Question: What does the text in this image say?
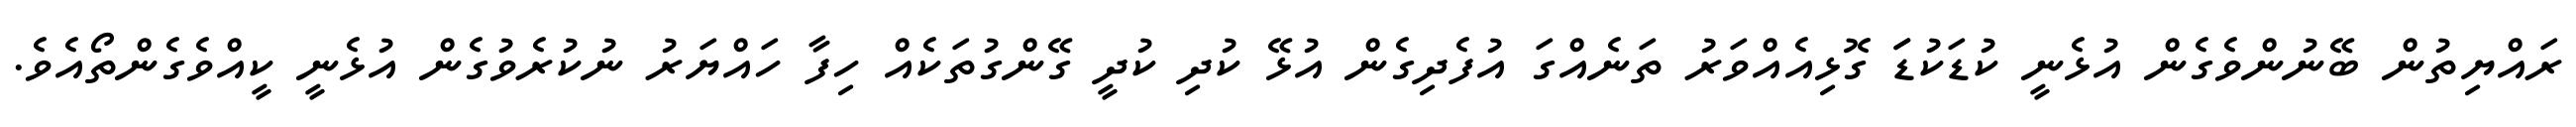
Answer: ރައްޔިތުން ބޭނުންވެގެން އުޅެނީ ކުޑަކުޑަަ ގޮޅިއެއްވަރު ތަނެއްގަ އުފެދިގެން އުޅޭ ކުދި ކުދީ ގޭންގުތަކެއް ހިފާ ހައްޔަރު ނުކުރެވުގެން އުޅެނީ ކީއްވެގެންތޯއެވެ.